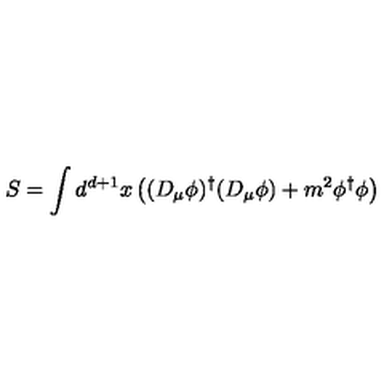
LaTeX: S = \int d ^ { d + 1 } x \left( ( D _ { \mu } \phi ) ^ { \dagger } ( D _ { \mu } \phi ) + m ^ { 2 } \phi ^ { \dagger } \phi \right) \,